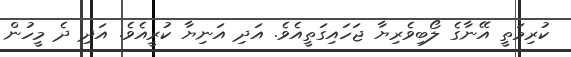
ކުރިމަތީ އޭނާގެ ލޯބިވެރިޔާ ޖަހައިގަތީއެވެ. އަދި އަނިޔާ ކުރީއެވެ. އަދި ދެ މީހުން